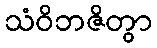
သံဝိဘဇိတွာ